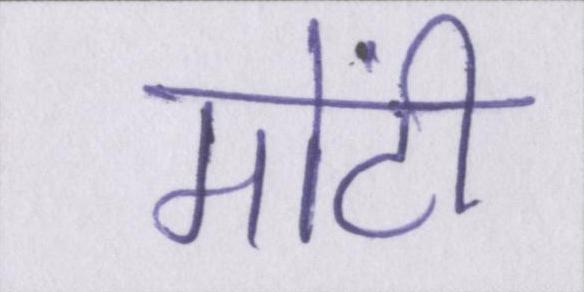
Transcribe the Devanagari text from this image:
मोंटी